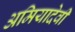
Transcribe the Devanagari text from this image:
अमियादेवी